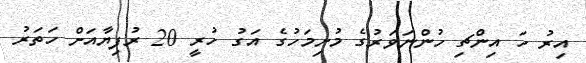
އިރު ހަ އިންޗި ހުންނަވަރުގެ މުށިމަހުގެ އަގު ހުރީ 20 ރުފިޔާއަށް ހަތަރު